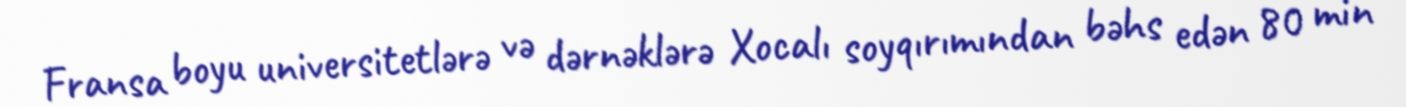
Fransa boyu universitetlərə və dərnəklərə Xocalı soyqırımından bəhs edən 80 min